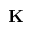
\mathbf { K }